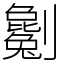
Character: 劖